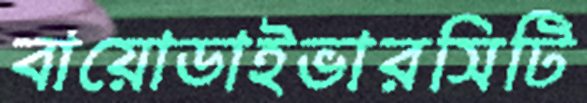
বায়োডাইভারসিটি